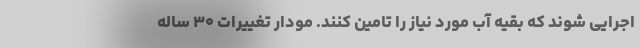
اجرایی شوند که بقیه آب مورد نیاز را تامین کنند. مودار تغییرات ۳۰ ساله